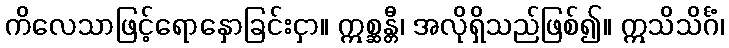
ကိလေသာဖြင့်ရောနှောခြင်းငှာ။ ဣစ္ဆန္တီ၊ အလိုရှိသည်ဖြစ်၍။ ဣသိသိင်္ဂံ၊